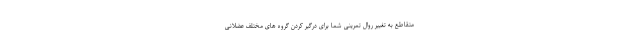
متقاطع به تغییر روال تمرینی شما برای درگیر کردن گروه های مختلف عضلانی